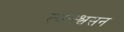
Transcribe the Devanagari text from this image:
त्वक्श्वसन